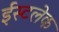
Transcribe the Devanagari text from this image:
ईस्टलेक